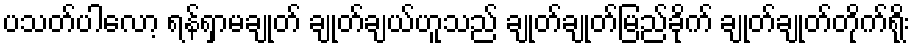
ပသတ်ပါလော့ ရန်ရှာမချုတ် ချုတ်ချယ်ဟူသည် ချုတ်ချုတ်မြည်ခိုက် ချုတ်ချုတ်တိုက်ရိုး